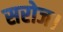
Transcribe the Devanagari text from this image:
सरोज।